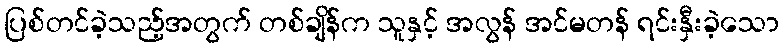
ပြစ်တင်ခဲ့သည့်အတွက် တစ်ချိန်က သူနှင့် အလွန် အင်မတန် ရင်းနှီးခဲ့သော